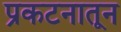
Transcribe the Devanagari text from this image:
प्रकटनातून